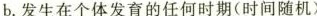
b.发生在个体发育的任何时期(时间随机)